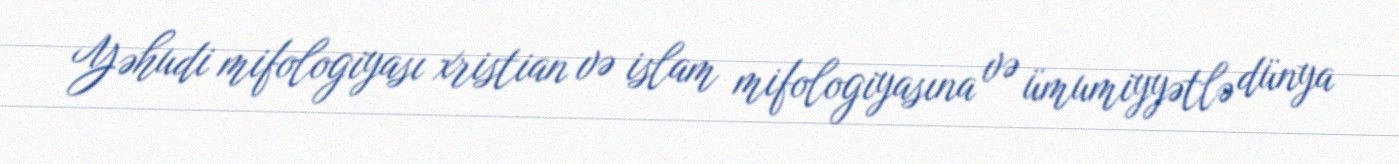
Yəhudi mifologiyası xristian və islam mifologiyasına və ümumiyyətlə dünya